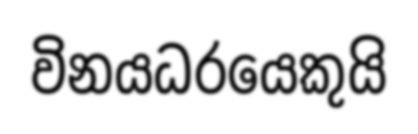
විනයධරයෙකුයි